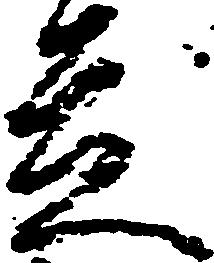
走